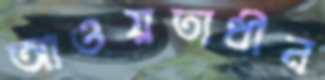
আওয়তাধীন